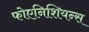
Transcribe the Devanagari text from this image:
फोएनिशियन्स